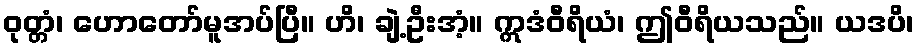
ဝုတ္တံ၊ ဟောတော်မူအပ်ပြီ။ ဟိ၊ ချဲ့ဦးအံ့။ ဣဒံဝီရိယံ၊ ဤဝီရိယသည်။ ယဒပိ၊